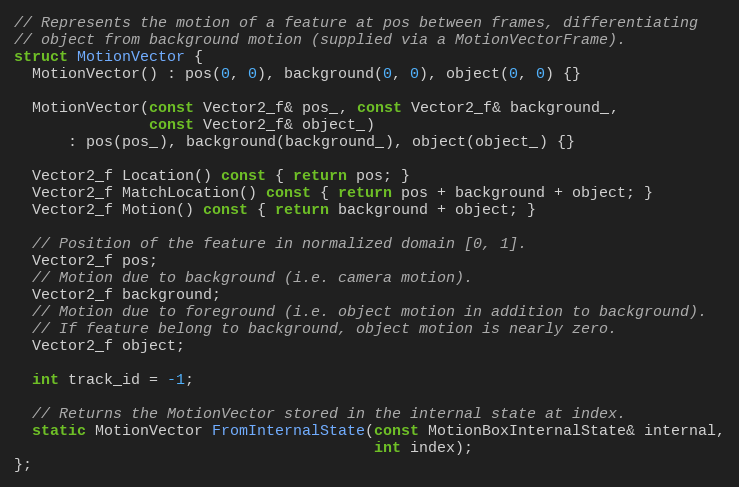
Language: C
// Represents the motion of a feature at pos between frames, differentiating
// object from background motion (supplied via a MotionVectorFrame).
struct MotionVector {
  MotionVector() : pos(0, 0), background(0, 0), object(0, 0) {}

  MotionVector(const Vector2_f& pos_, const Vector2_f& background_,
               const Vector2_f& object_)
      : pos(pos_), background(background_), object(object_) {}

  Vector2_f Location() const { return pos; }
  Vector2_f MatchLocation() const { return pos + background + object; }
  Vector2_f Motion() const { return background + object; }

  // Position of the feature in normalized domain [0, 1].
  Vector2_f pos;
  // Motion due to background (i.e. camera motion).
  Vector2_f background;
  // Motion due to foreground (i.e. object motion in addition to background).
  // If feature belong to background, object motion is nearly zero.
  Vector2_f object;

  int track_id = -1;

  // Returns the MotionVector stored in the internal state at index.
  static MotionVector FromInternalState(const MotionBoxInternalState& internal,
                                        int index);
};